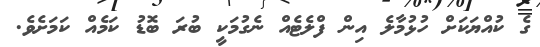
ގެ ކުއްޔަކަށް ހުޅުމާލެ އިން ފްލެޓެއް ނެގުމަކީ ބުރަ ބޮޑު ކަމެއް ކަމަށެވެ.